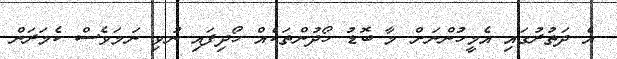
އެ ދަތުރުގައި އެމީހުންނަށް މާ ބޮޑު ހޯދުންތަކެއް ހޯދިފައި ނުވި ނަމަވެސް ކެމަރަން